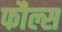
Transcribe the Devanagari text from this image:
फौल्स